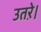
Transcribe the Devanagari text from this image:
उतऱे।